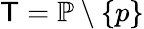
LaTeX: \mathsf{T}=\mathbb{{P}}\setminus\{ p\}